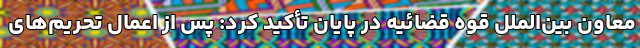
معاون بین‌الملل قوه قضائیه در پایان تأکید کرد: پس از اعمال تحریم‌های